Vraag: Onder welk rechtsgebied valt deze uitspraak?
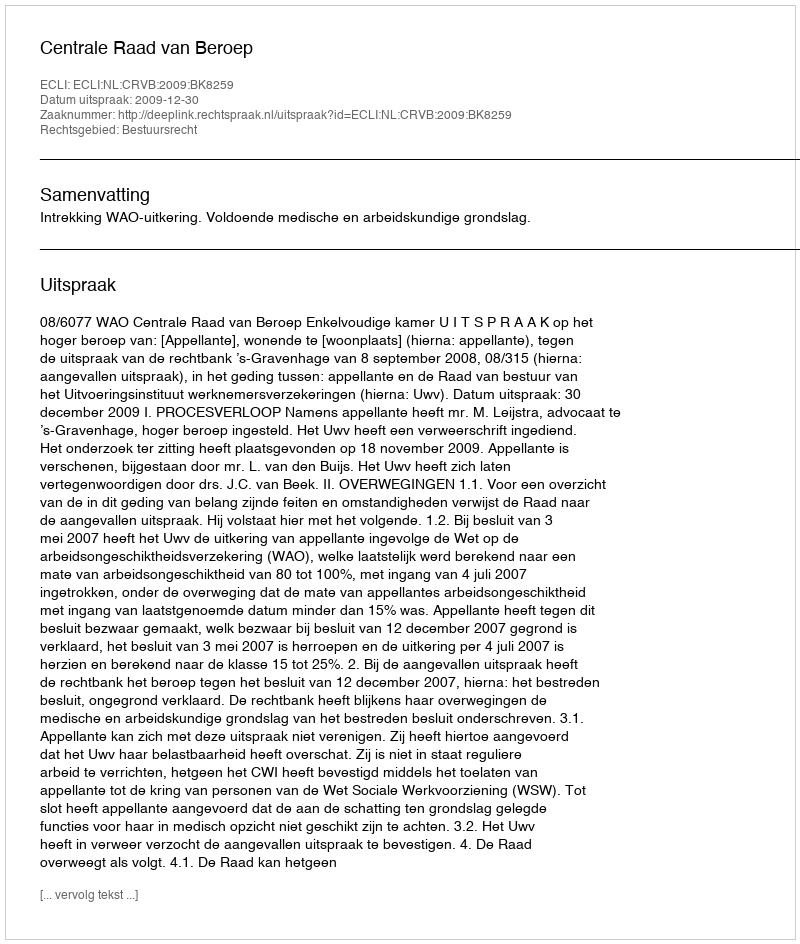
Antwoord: Bestuursrecht